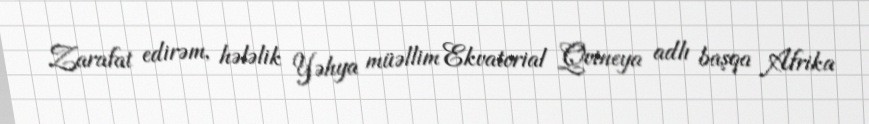
Zarafat edirəm, hələlik Yəhya müəllim Ekvatorial Qvineya adlı başqa Afrika